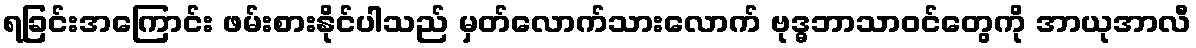
ရခြင်းအကြောင်း ဖမ်းစားနိုင်ပါသည် မှတ်လောက်သားလောက် ဗုဒ္ဓဘာသာဝင်တွေကို အာယုအာလီ